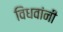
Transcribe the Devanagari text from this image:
विधवांनी